Civil Veterinary Dept. Bombay admin report 1914-1922 - 1914-1922
Year: 1914
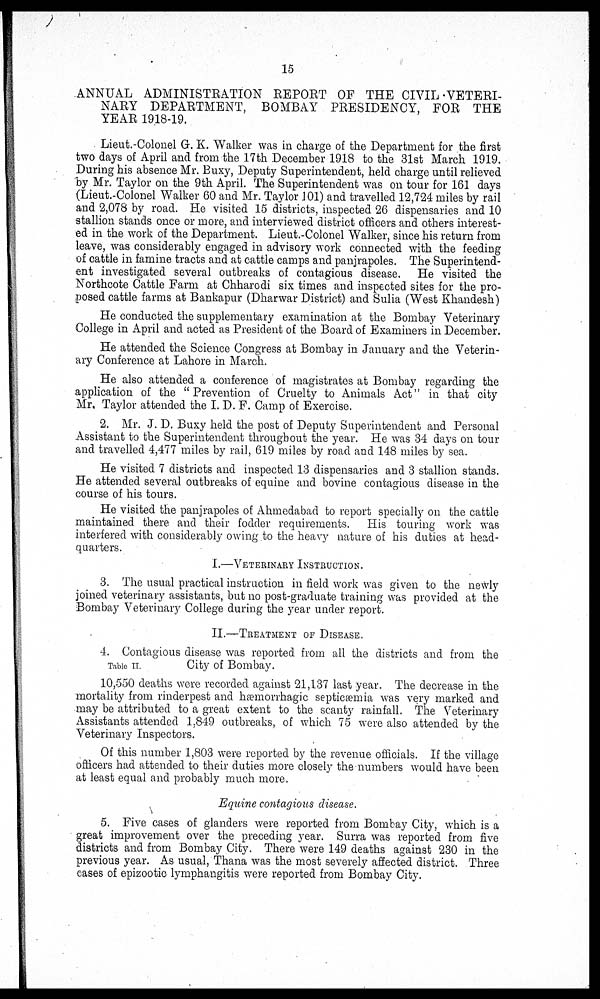
15
ANNUAL ADMINISTRATION REPORT OF THE CIVIL VETERI-
NARY DEPARTMENT, BOMBAY PRESIDENCY, FOR THE
YEAR 1918-19.
Lieut.-Colonel G. K. Walker was in charge of the Department for the first
two days of April and from the 17th December 1918 to the 31st March 1919.
During his absence Mr. Buxy, Deputy Superintendent, held charge until relieved
by Mr. Taylor on the 9th April. The Superintendent was on tour for 161 days
(Lieut.-Colonel Walker 60 and Mr. Taylor 101) and travelled 12,724 miles by rail
and 2,078 by road. He visited 15 districts, inspected 26 dispensaries and 10
stallion stands once or more, and interviewed district officers and others interest-
ed in the work of the Department. Lieut.-Colonel Walker, since his return from
leave, was considerably engaged in advisory work connected with the feeding
of cattle in famine tracts and at cattle camps and panjrapoles. The Superintend-
ent investigated several outbreaks of contagious disease. He visited the
Northcote Cattle Farm at Chharodi six times and inspected sites for the pro-
posed cattle farms at Bankapur (Dharwar District) and Sulia (West Khandesh)
He conducted the supplementary examination at the Bombay Veterinary
College in April and acted as President of the Board of Examiners in December.
He attended the Science Congress at Bombay in January and the Veterin-
ary Conference at Lahore in March.
He also attended a conference of magistrates at Bombay regarding the
application of the "Prevention of Cruelty to Animals Act" in that city
Mr. Taylor attended the I. D. F. Camp of Exercise.
2. Mr. J. D. Buxy held the post of Deputy Superintendent and Personal
Assistant to the Superintendent throughout the year. He was 34 days on tour
and travelled 4,477 miles by rail, 619 miles by road and 148 miles by sea.
He visited 7 districts and inspected 13 dispensaries and 3 stallion stands.
He attended several outbreaks of equine and bovine contagious disease in the
course of his tours.
He visited the panjrapoles of Ahmedabad to report specially on the cattle
maintained there and their fodder requirements. His touring work was
interfered with considerably owing to the heavy nature of his duties at head-
quarters.
I.—VETERINARY INSTRUCTION.
3. The usual practical instruction in field work was given to the newly
joined veterinary assistants, but no post-graduate training was provided at the
Bombay Veterinary College during the year under report.
II.—TREATMENT OF DISEASE.
Table II.
4. Contagious disease was reported from all the districts and from the
City of Bombay.
10,550 deaths were recorded against 21,137 last year. The decrease in the
mortality from rinderpest and hæmorrhagic septicæmia was very marked and
may be attributed to a great extent to the scanty rainfall. The Veterinary
Assistants attended 1,849 outbreaks, of which 75 were also attended by the
Veterinary Inspectors.
Of this number 1,803 were reported by the revenue officials. If the village
officers had attended to their duties more closely the numbers would have been
at least equal and probably much more.
Equine contagious disease.
5. Five cases of glanders were reported from Bombay City, which is a
great improvement over the preceding year. Surra was reported from five
districts and from Bombay City. There were 149 deaths against 230 in the
previous year. As usual, Thana was the most severely affected district. Three
cases of epizootic lymphangitis were reported from Bombay City.